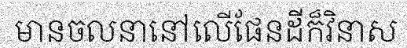
មានចលនានៅលើផែនដីក៏វិនាស